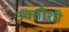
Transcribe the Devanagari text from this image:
उक्तीशी